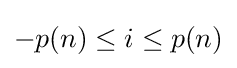
-p(n)\leq i\leq p(n)